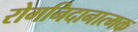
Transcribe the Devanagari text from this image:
रोगनिदानात्मक